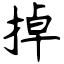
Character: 掉